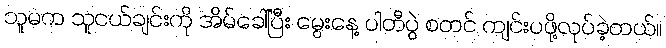
သူမက သူငယ်ချင်းကို အိမ်ခေါ်ပြီး မွေးနေ့ ပါတီပွဲ စတင် ကျင်းပဖို့လုပ်ခဲ့တယ်။